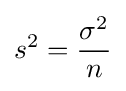
s^{2}={\frac {\sigma ^{2}}{n}}